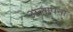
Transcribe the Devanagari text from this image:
अलापना